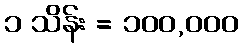
၁ သိန်း = ၁၀၀,၀၀၀